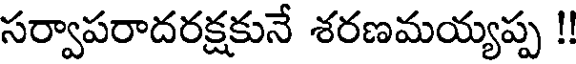
సర్వాపరాదరక్షకునే శరణమయ్యప్ప !